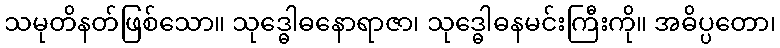
သမုတိနတ်ဖြစ်သော။ သုဒ္ဓေါဓနောရာဇာ၊ သုဒ္ဓေါဓနမင်းကြီးကို။ အဓိပ္ပတော၊